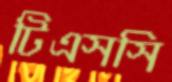
টিএসসি